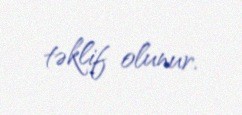
təklif olunur.